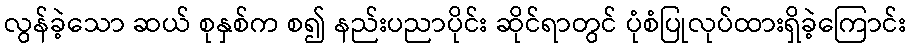
လွန်ခဲ့သော ဆယ် စုနှစ်က စ၍ နည်းပညာပိုင်း ဆိုင်ရာတွင် ပုံစံပြုလုပ်ထားရှိခဲ့ကြောင်း